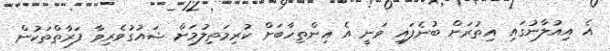
އެ އިއުލާނުގައި އިތުރަށް ބުނެފައި ވަނީ އެ އިންތިހާބަށް ކުރިމަތިލުމަށް ޝައުގުވެރިވާ ފަރާތްތަކުން